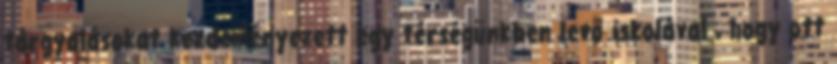
tárgyalásokat kezdeményezett egy térségünkben levő iskolával , hogy ott